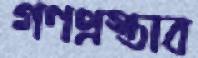
গণপ্রস্তাব